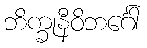
ဘိက္ခုနီဝိဘင်္ဂေါ